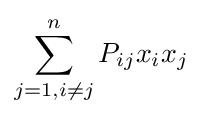
\sum _{j=1,i\neq j}^{n}P_{ij}x_{i}x_{j}